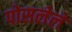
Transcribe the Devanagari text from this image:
पोसलेले